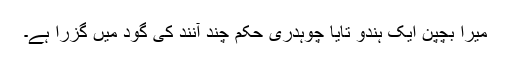
میرا بچپن ایک ہندو تایا چوہدری حکم چند آنند کی گود میں گزرا ہے۔